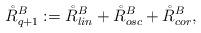
LaTeX: \begin{align*}\mathring{R}_{q+1}^B := \mathring{R}_{lin}^B + \mathring{R}_{osc}^B+ \mathring{R}_{cor}^B,\end{align*}